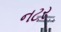
નટર